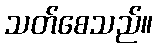
သတ်စေသည်။